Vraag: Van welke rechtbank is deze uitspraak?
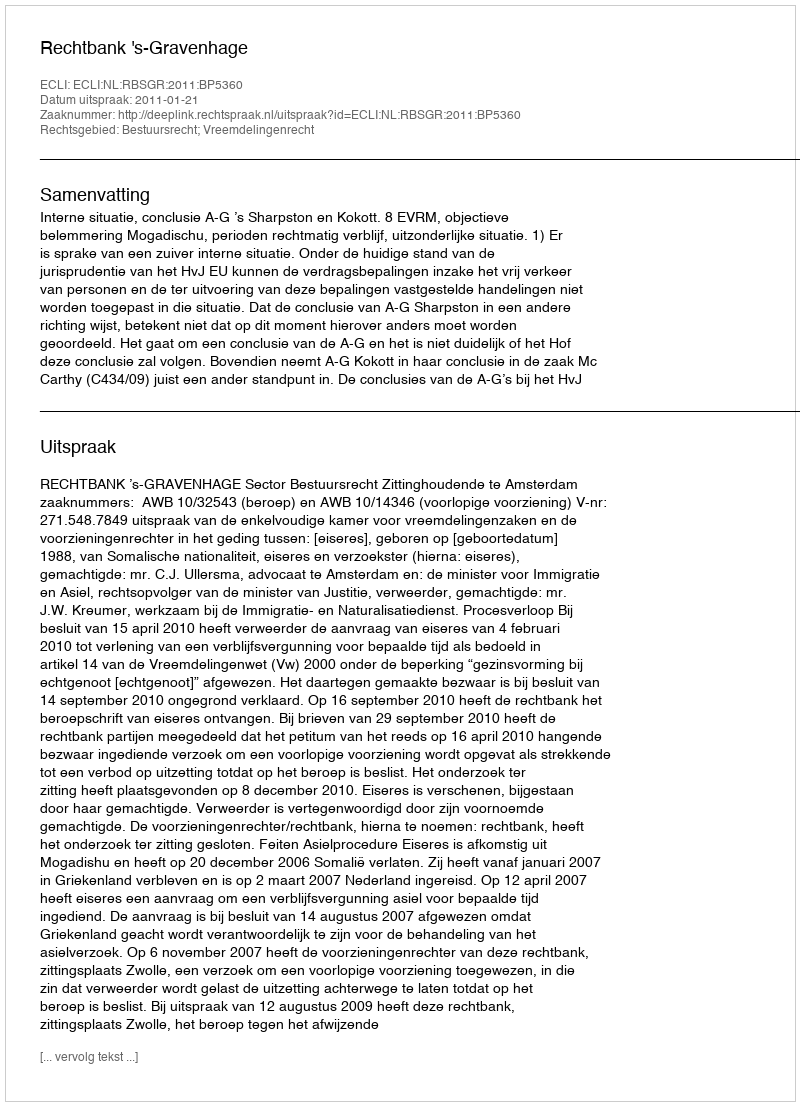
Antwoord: Rechtbank 's-Gravenhage